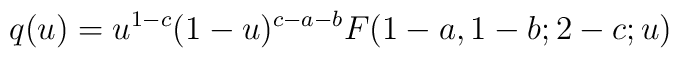
q(u)=u^{1-c}(1-u)^{c-a-b}F(1-a,1-b;2-c;u)